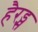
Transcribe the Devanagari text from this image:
हैरड्स